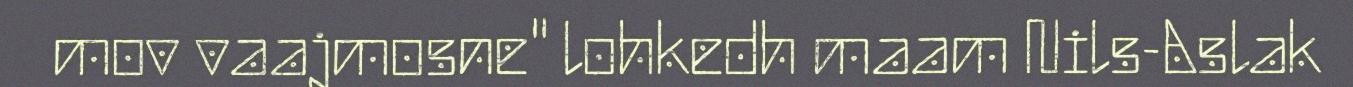
mov vaajmosne" lohkedh maam Nils-Aslak